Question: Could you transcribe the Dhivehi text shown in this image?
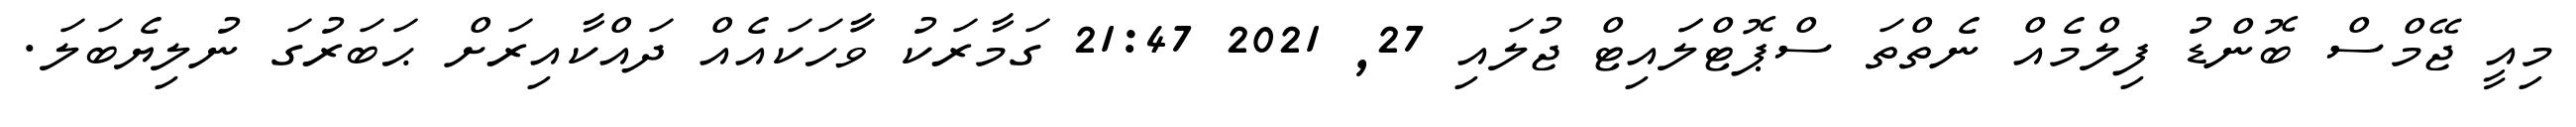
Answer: މިއީ ޖޭމްސް ބޮންޑު ފިލްމެއް ނެތްތަ ސްޕޮޓްލަައިޓް ޖުލައި 27, 2021 21:47 ގަމާރަކު ވާަހަކައެއް ދައްކާއިރަށް ޙަބަރުގަ ނުލިޔެބަލަ.